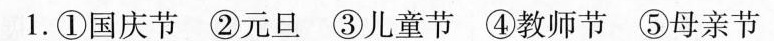
1.①国庆节 ②元旦 ③儿童节 ④教师节 ⑤母亲节